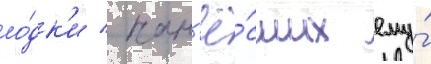
ло́дк'и / нан'ё́сших ему́